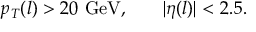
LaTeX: p _ { T } ( l ) > 2 0 ~ \mathrm { G e V , } \qquad | \eta ( l ) | < 2 . 5 .